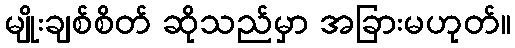
မျိုးချစ်စိတ် ဆိုသည်မှာ အခြားမဟုတ်။